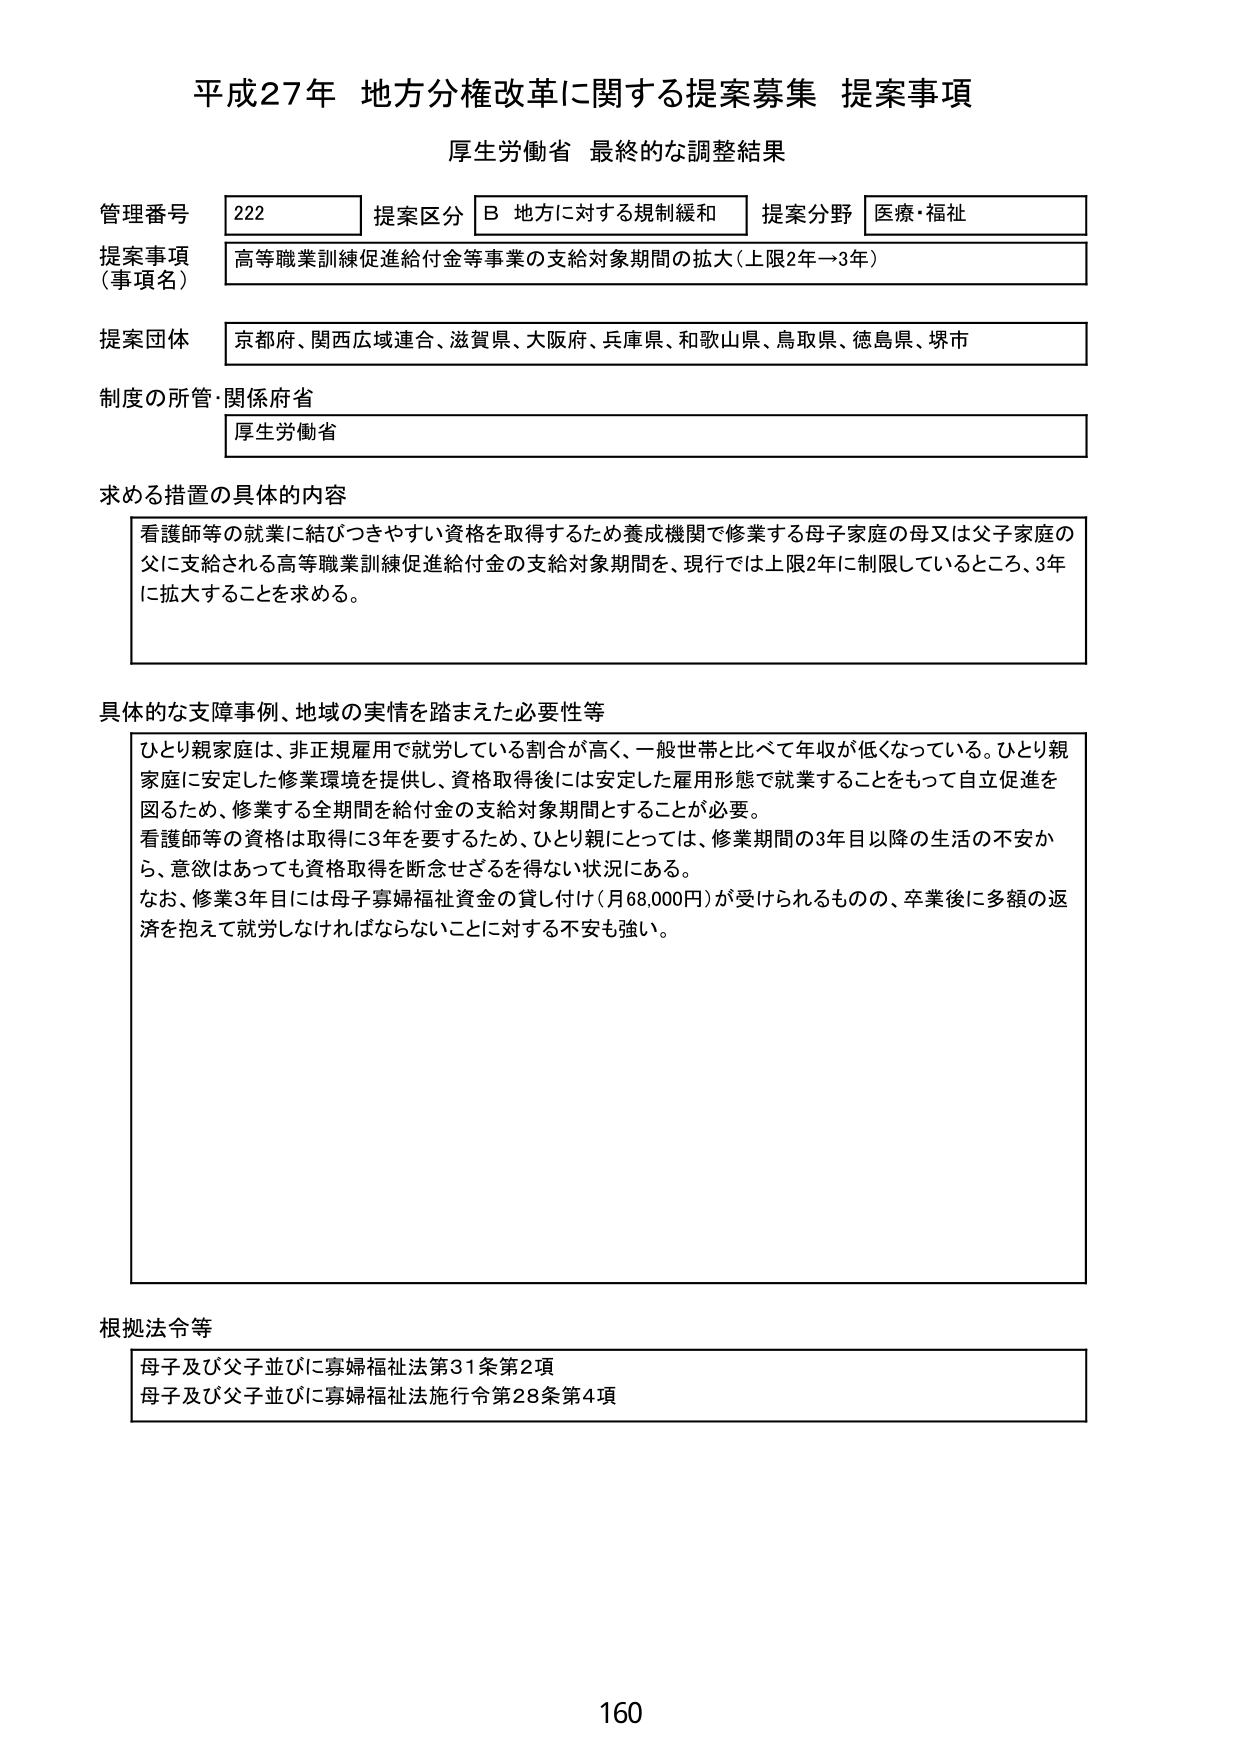
平成27年 地方分権改革に関する提案募集 提案事項
厚生労働省 最終的な調整結果

管理番号 222
提案区分 B 地方に対する規制緩和
提案分野 医療・福祉

提案事項（事項名）
高等職業訓練促進給付金等事業の支給対象期間の拡大（上限2年→3年）

提案団体
京都府、関西広域連合、滋賀県、大阪府、兵庫県、和歌山県、鳥取県、徳島県、堺市

制度の所管・関係府省
厚生労働省

求める措置の具体的な内容
看護師等の就業に結びつきやすい資格を取得するため養成機関で修業する母子家庭の母又は父子家庭の父に支給される高等職業訓練促進給付金の支給対象期間を、現行では上限2年に制限しているところ、3年に拡大することを求める。

具体的な支障事例、地域の実情を踏まえた必要性等
ひとり親家庭は、非正規雇用で就労している割合が高く、一般世帯と比べて年収が低くなっている。ひとり親家庭に安定した修業環境を提供し、資格取得後には安定した雇用形態で就業することをもって自立促進を図るため、修業する全期間を給付金の支給対象期間とすることが必要。
看護師等の資格は取得に3年を要するため、ひとり親にとっては、修業期間の3年目以降の生活の不安から、意欲はあっても資格取得を断念せざるを得ない状況にある。
なお、修業3年目には母子寡婦福祉資金の貸し付け（月68,000円）が受けられるものの、卒業後に多額の返済を抱えて就労しなければならないことに対する不安も強い。

根拠法令等
母子及び父子並びに寡婦福祉法第31条第2項
母子及び父子並びに寡婦福祉法施行令第28条第4項

160